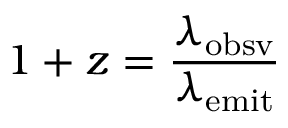
1 + z = { \frac { \lambda _ { \mathrm { o b s v } } } { \lambda _ { \mathrm { e m i t } } } }